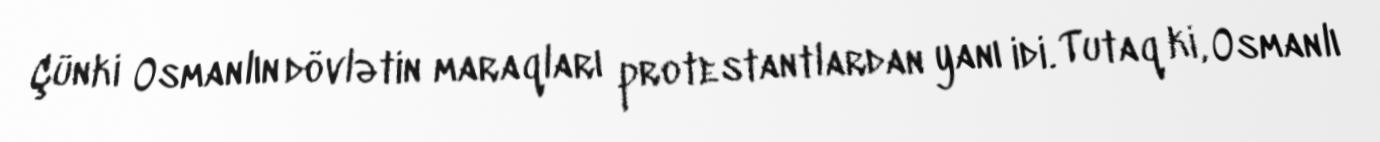
Çünki Osmanlın dövlətin maraqları protestantlardan yanı idi. Tutaq ki, Osmanlı